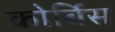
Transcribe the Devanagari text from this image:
कोर्बिस